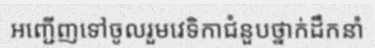
អញ្ជើញទៅចូលរួមវេទិកាជំនួបថ្នាក់ដឹកនាំ